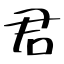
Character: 君